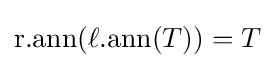
\mathrm {r.ann} (\mathrm {\ell .ann} (T))=T